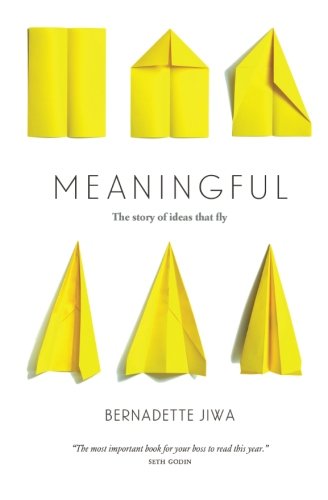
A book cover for Meaningful: The Story of Ideas That Fly; Bernadette Jiwa; Business & Money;